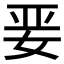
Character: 𱙎